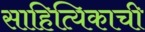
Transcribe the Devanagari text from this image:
साहित्यिकाची